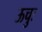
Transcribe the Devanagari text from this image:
ऊचुः